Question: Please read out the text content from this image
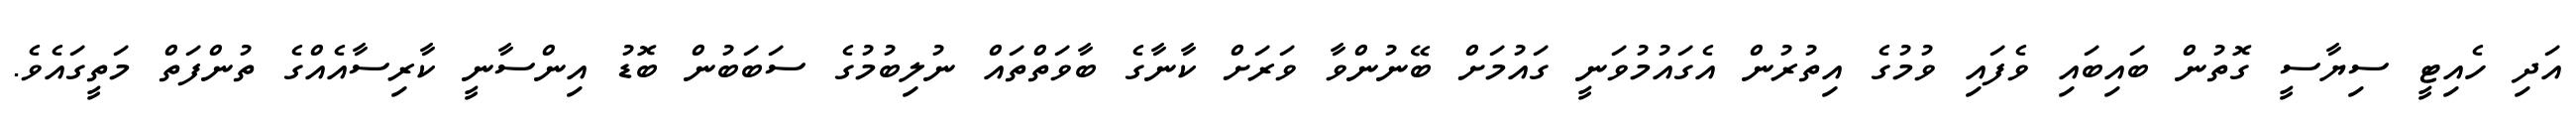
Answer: އަދި ހެއިޓީ ސިޔާސީ ގޮތުން ބައިބައި ވެފައި ވުމުގެ އިތުރުން އެގައުމުވަނީ ގައުމަށް ބޭނުންވާ ވަރަށް ކާނާގެ ބާވަތްތައް ނުލިބުމުގެ ސަބަބުން ބޮޑު އިންސާނީ ކާރިސާއެއްގެ ތުންފަތް މަތީގައެވެ.